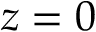
z = 0